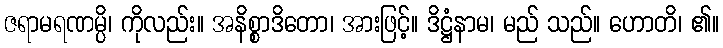
ဇရာမရဏမ္ပိ၊ ကိုလည်း။ အနိစ္စာဒိတော၊ အားဖြင့်။ ဒိဋ္ဌံနာမ၊ မည် သည်။ ဟောတိ၊ ၏။